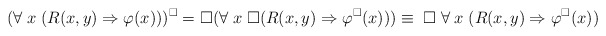
\begin{align*}(\forall \; x \; (R(x,y) \Rightarrow \varphi(x)))^{\Box} = \Box (\forall \; x \; \Box (R(x,y) \Rightarrow \varphi^{\Box}(x))) \equiv \; \Box \; \forall \; x \; (R(x,y) \Rightarrow \varphi^{\Box}(x))\end{align*}